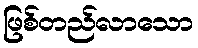
ဖြစ်တည်လာသော